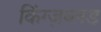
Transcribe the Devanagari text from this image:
किंग्ज़ब्लड